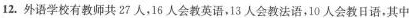
12.外语学校有教师共27人，16人会教英语，13人会教法语，10人会教日语，其中